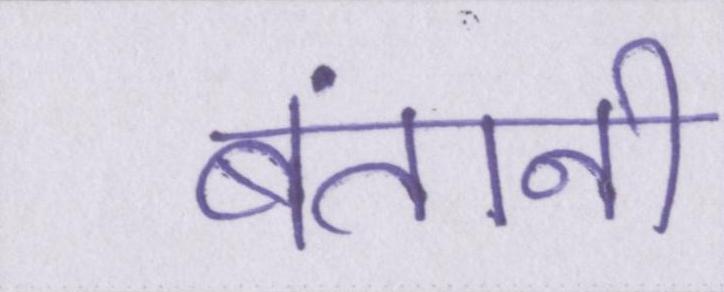
बंतानी